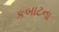
કબાટના